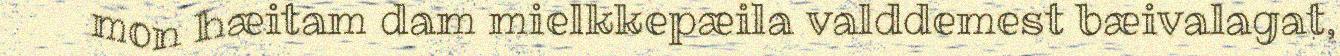
mon hæitam dam mielkkepæila valddemest bæivalagat,